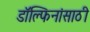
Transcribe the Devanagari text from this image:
डॉल्फिनांसाठी